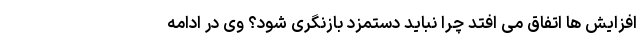
افزایش ها اتفاق می افتد چرا نباید دستمزد بازنگری شود؟ وی در ادامه